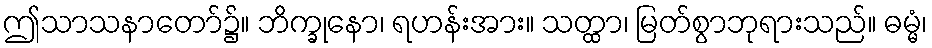
ဤသာသနာတော်၌။ ဘိက္ခုနော၊ ရဟန်းအား။ သတ္ထာ၊ မြတ်စွာဘုရားသည်။ ဓမ္မံ၊